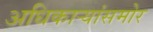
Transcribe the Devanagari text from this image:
अधिकार्‍यांसमोर